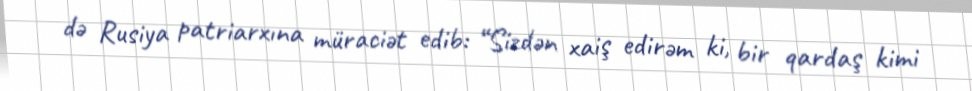
də Rusiya patriarxına müraciət edib: “Sizdən xaiş edirəm ki, bir qardaş kimi